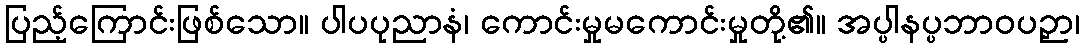
ပြည့်ကြောင်းဖြစ်သော။ ပါပပုညာနံ၊ ကောင်းမှုမကောင်းမှုတို့၏။ အပ္ပါနပ္ပဘာဝပဉှာ၊